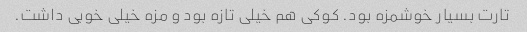
تارت بسیار خوشمزه بود. کوکی هم خیلی تازه بود و مزه خیلی خوبی داشت.